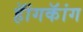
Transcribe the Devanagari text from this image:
हॅांगकॅांग